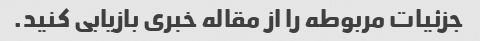
جزئیات مربوطه را از مقاله خبری بازیابی کنید.